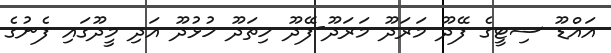
އައްޑޫ ސިޓީގެ ފޭދޫ މަރަދޫ މަރަދޫ-ފޭދޫ ހިތަދޫ ހުޅުދޫ އަދި މީދޫގައި ފެނުގެ